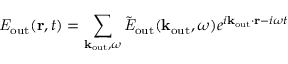
{ \it E } _ { \mathrm { o u t } } ( { \bf r } , t ) = \sum _ { { \bf k } _ { \mathrm { o u t } } , \omega } \tilde { \it E } _ { \mathrm { o u t } } ( { \bf k } _ { \mathrm { o u t } } , \omega ) e ^ { i { \bf k } _ { \mathrm { o u t } } \cdot { \bf r } - i \omega t }